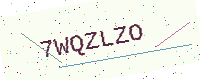
Text: 7WQZLZO